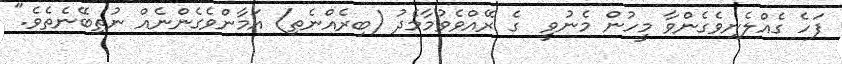
ފަހެ ގެއްލެނިވެގެންވާ މީހުން މެނުވީ  ގެ ރޭއްވެވުމާމެދު (ބިރެއްނެތި) އަމާންވެގެންނެއް ނުތިބޭނެތެވެ."